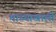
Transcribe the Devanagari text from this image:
माथ्याखाली